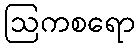
ဩကစရော